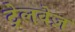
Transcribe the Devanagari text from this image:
ट्रेलवेज़